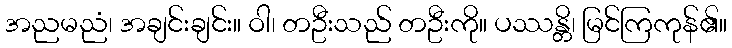
အညမညံ၊ အချင်းချင်း။ ဝါ၊ တဦးသည် တဦးကို။ ပဿန္တိ၊ မြင်ကြကုန်၏။